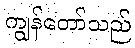
ကျွန်တော်သည်